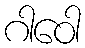
ဂါဝေါ